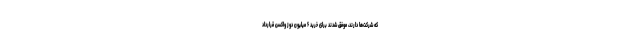
که شرکت‌ها دارند، موفق شدند برای خرید ۶ میلیون دوز واکسن قرارداد